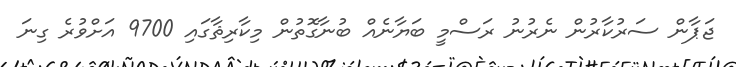
ޖަޕާން ސަރުކާރުން ނެރުނު ރަސްމީ ބަޔާނެއް ބުނާގޮތުން މިކާރިޘާގައި 9700 އަށްވުރެ ގިނަ